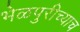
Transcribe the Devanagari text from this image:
भेळपुरीच्याच